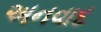
અનવાદ